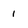
Character: 1